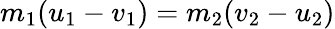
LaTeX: m_{1}(u_{1}-v_{1})=m_{2}(v_{2}-u_{2})